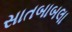
સાતબાબલા